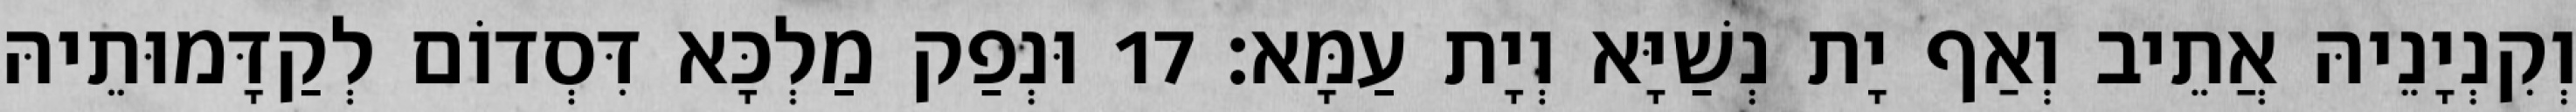
וְקִנְיָנֵיהּ אֲתֵיב וְאַף יָת נְשַׁיָּא וְיָת עַמָּא׃ 17 וּנְפַק מַלְכָּא דִּסְדוֹם לְקַדָּמוּתֵיהּ